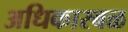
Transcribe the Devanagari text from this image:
अधिकारबळ